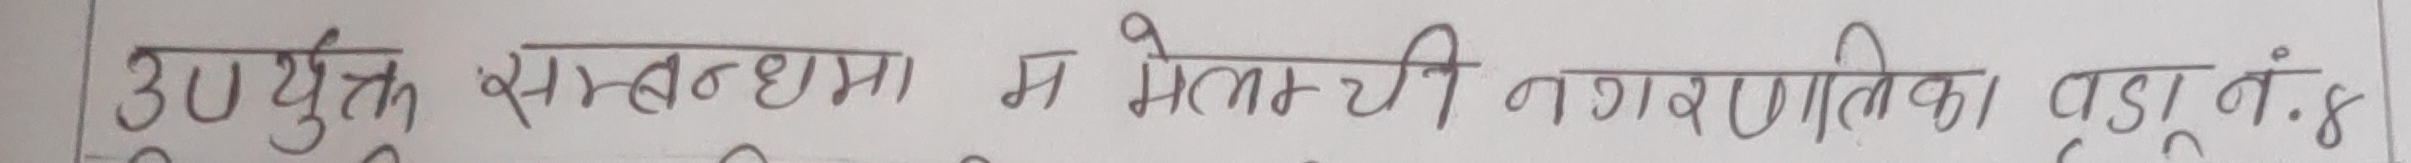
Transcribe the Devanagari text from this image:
उपयुक्त सम्बन्धमा मेलम्ची नगरपालिका वाड़ा नं. ४